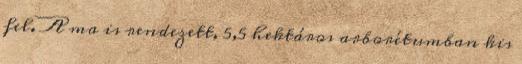
fel. A ma is rendezett, 5,5 hektáros arborétumban kis